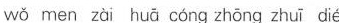
wǒ men zài huā cóng zhōng zhuī dié